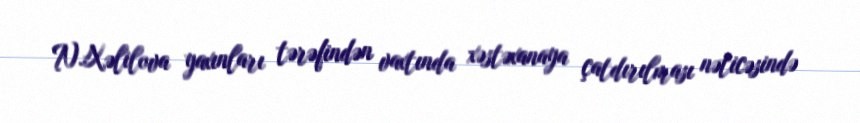
N.Xəlilova yaxınları tərəfindən vaxtında xəstəxanaya çatdırılması nəticəsində